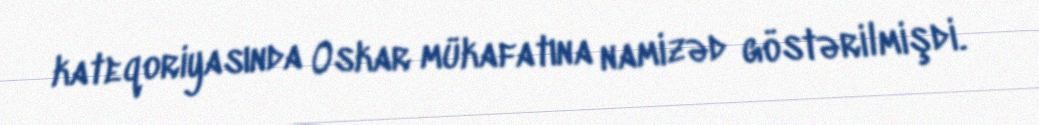
kateqoriyasında Oskar mükafatına namizəd göstərilmişdi.